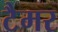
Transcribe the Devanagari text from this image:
टैमर